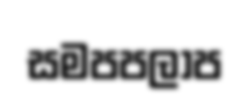
සමපපලාප